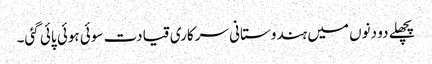
پچھلے دو دنوں میں ہندوستانی سرکاری قیادت سوئی ہوئی پائی گئی۔